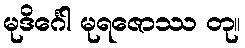
မုဒိင်္ဂေါ မုရဇောဿ တု။